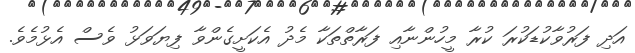
އަދި ފަރުވާކުޑަކުރަ ކުރާ މީހުންނާއި ފަރާތްތަކާ މެދު އެކަށީގެންވާ ފިޔަވަޅު ވެސް އެޅުމެވެ.